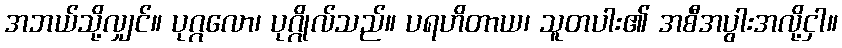
အဘယ်သို့လျှင်။ ပုဂ္ဂလော၊ ပုဂ္ဂိုလ်သည်။ ပရဟိတာယ၊ သူတပါး၏ အစီအပွါးအလို့ငှါ။